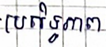
ប្រសិទ្ធភាព